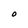
Character: O